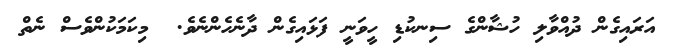
އަރައިގެން ދުއްވާލި ހުޝާންގެ ސިނކުޑި ހީވަނީ ފަޅައިގެން ދާނެހެންނެވެ.  މިކަމަކުންވެސް ނެތް